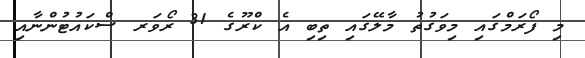
މި ފޯރަމްގައި މިވަގުތު މާލޭގައި ތިބި އެ ކްރޫގެ 31 ރޯވަރ ސްކައުޓުންނާއި